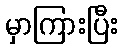
မှာကြားပြီး